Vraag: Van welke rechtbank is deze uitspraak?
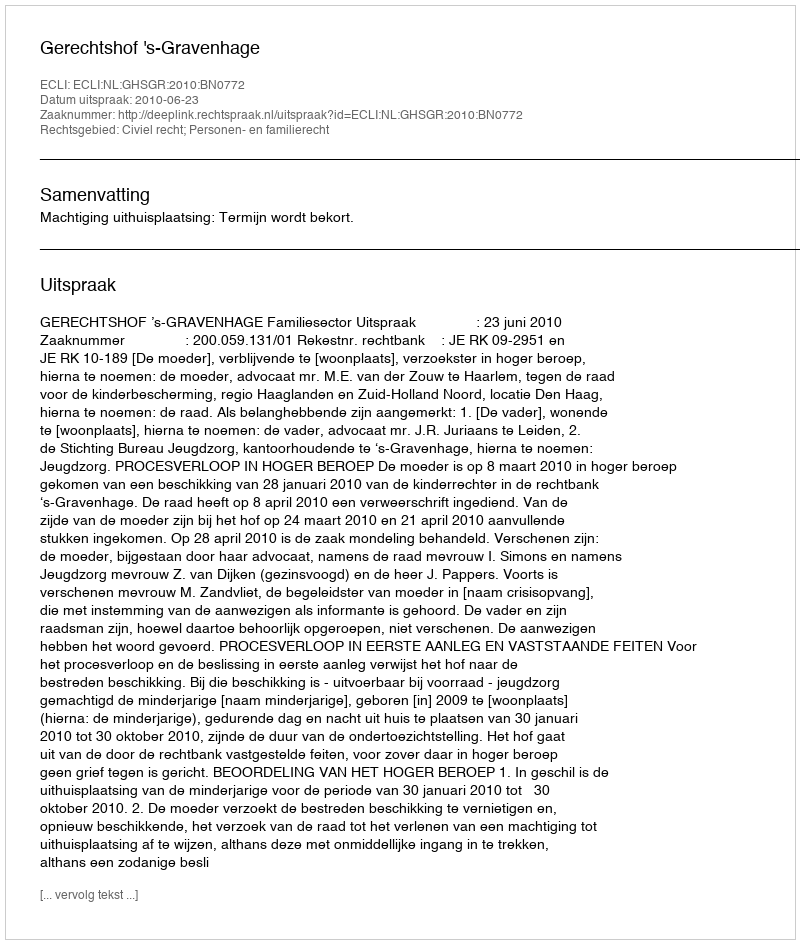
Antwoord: Gerechtshof 's-Gravenhage